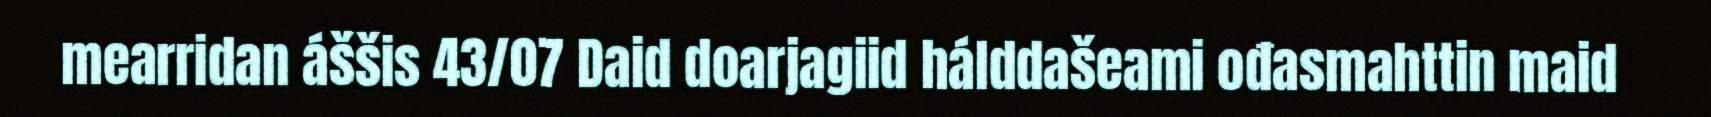
mearridan áššis 43/07 Daid doarjagiid hálddašeami ođasmahttin maid